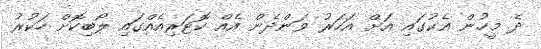
ދެ މީހުން އެކުގައި އަށް އަހަރު ވަންދެން އެއް ކޮޓަރިއެއްގައި ލޯބިކޮށް ހަކުރު